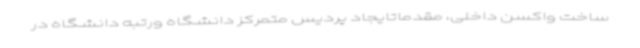
ساخت واکسن داخلی، مقدماتایجاد پردیس متمرکز دانشگاه ورتبه دانشگاه در